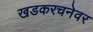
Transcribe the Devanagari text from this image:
खडकरचनेवर